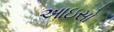
આઇસો